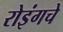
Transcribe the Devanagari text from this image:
रोइंगचे